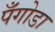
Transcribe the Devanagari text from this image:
पँगोडा